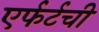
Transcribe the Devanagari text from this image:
एर्फर्टची